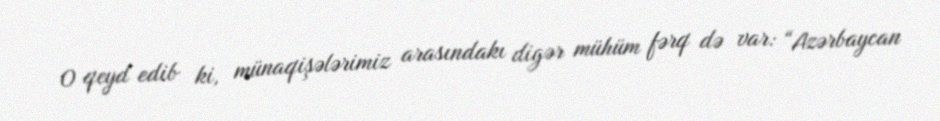
O qeyd edib ki, münaqişələrimiz arasındakı digər mühüm fərq də var: “Azərbaycan